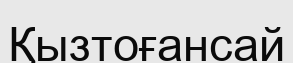
Қызтоғансай